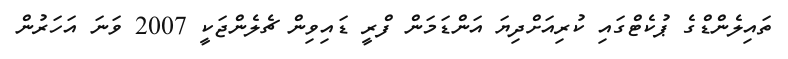
ތައިލެންޑްގެ ޕުކެޓްގައި ކުރިއަށްދިޔަ އަންޑަމަން ފްރީ ޑައިވިން ޗެލެންޖަކީ 2007 ވަނަ އަހަރުން